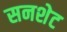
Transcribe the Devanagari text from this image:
सनशेट